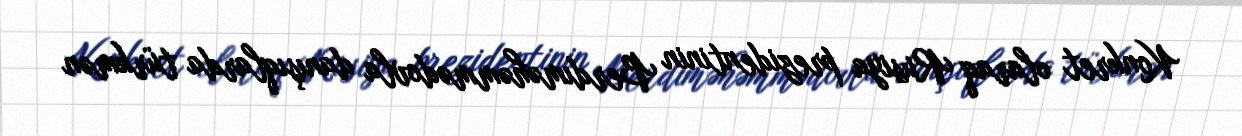
Konkret olaraq Rusiya prezidentinin Berdıməhəmmədovla danışıqlarda türkmən